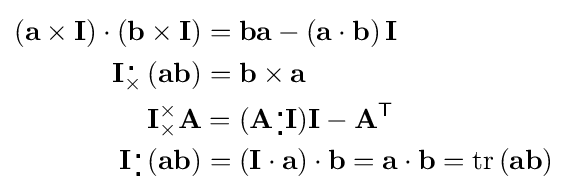
{\begin{aligned}\left(\mathbf {a} \times \mathbf {I} \right)\cdot \left(\mathbf {b} \times \mathbf {I} \right)&=\mathbf {ba} -\left(\mathbf {a} \cdot \mathbf {b} \right)\mathbf {I} \\\mathbf {I} {}_{\times }^{\,\centerdot }\left(\mathbf {ab} \right)&=\mathbf {b} \times \mathbf {a} \\\mathbf {I} {}_{\times }^{\times }\mathbf {A} &=(\mathbf {A} {}_{\,\centerdot }^{\,\centerdot }\mathbf {I} )\mathbf {I} -\mathbf {A} ^{\mathsf {T}}\\\mathbf {I} {}_{\,\centerdot }^{\,\centerdot }\left(\mathbf {ab} \right)&=\left(\mathbf {I} \cdot \mathbf {a} \right)\cdot \mathbf {b} =\mathbf {a} \cdot \mathbf {b} =\mathrm {tr} \left(\mathbf {ab} \right)\end{aligned}}